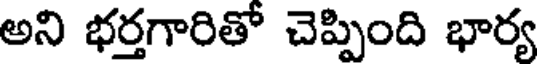
అని భర్తగారితో చెప్పింది భార్య